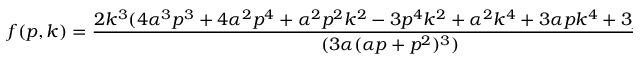
f ( p , k ) = { \frac { 2 k ^ { 3 } ( 4 \alpha ^ { 3 } p ^ { 3 } + 4 \alpha ^ { 2 } p ^ { 4 } + \alpha ^ { 2 } p ^ { 2 } k ^ { 2 } - 3 p ^ { 4 } k ^ { 2 } + \alpha ^ { 2 } k ^ { 4 } + 3 \alpha p k ^ { 4 } + 3 p ^ { 2 } k ^ { 4 } ) } { ( 3 \alpha ( \alpha p + p ^ { 2 } ) ^ { 3 } ) } } \Theta ( p - k ) ,